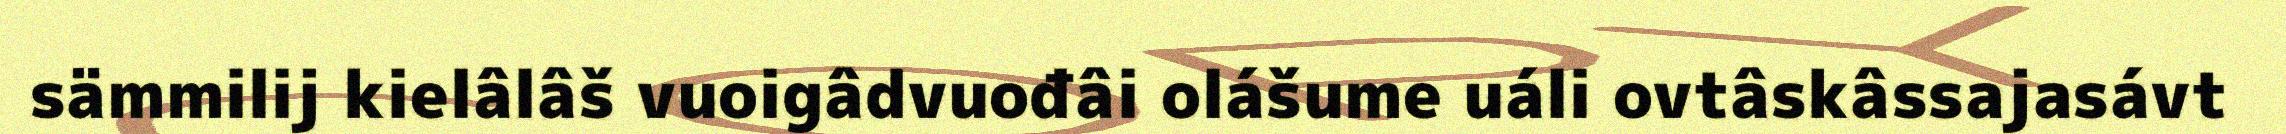
sämmilij kielâlâš vuoigâdvuođâi olášume uáli ovtâskâssajasávt